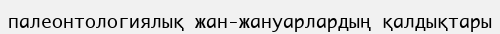
палеонтологиялық жан-жануарлардың қалдықтары